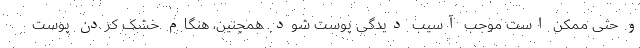
و حتی ممکن است موجب آسیب دیدگی پوست شود. همچنین، هنگام خشک کردن پوست